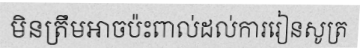
មិនត្រឹមអាចប៉ះពាល់ដល់ការរៀនសូត្រ